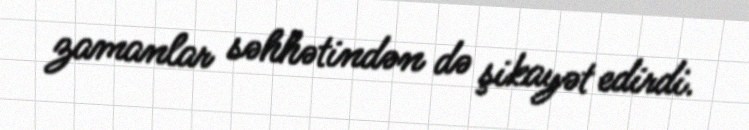
zamanlar səhhətindən də şikayət edirdi.